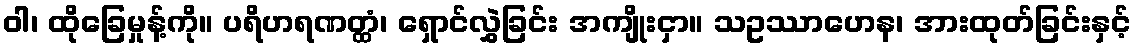
ဝါ၊ ထိုခြေမှုန့်ကို။ ပရိဟရဏတ္ထံ၊ ရှောင်လွှဲခြင်း အကျိုးငှာ။ သဥဿာဟေန၊ အားထုတ်ခြင်းနှင့်